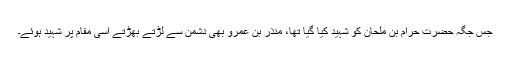
جس جگہ حضرت حرام بن ملحانؓ کو شہید کیا گیا تھا، منذر بن عمروؓ بھی دشمن سے لڑتے بھڑتے اسی مقام پر شہید ہوئے۔